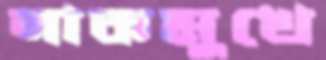
নাকমুখে